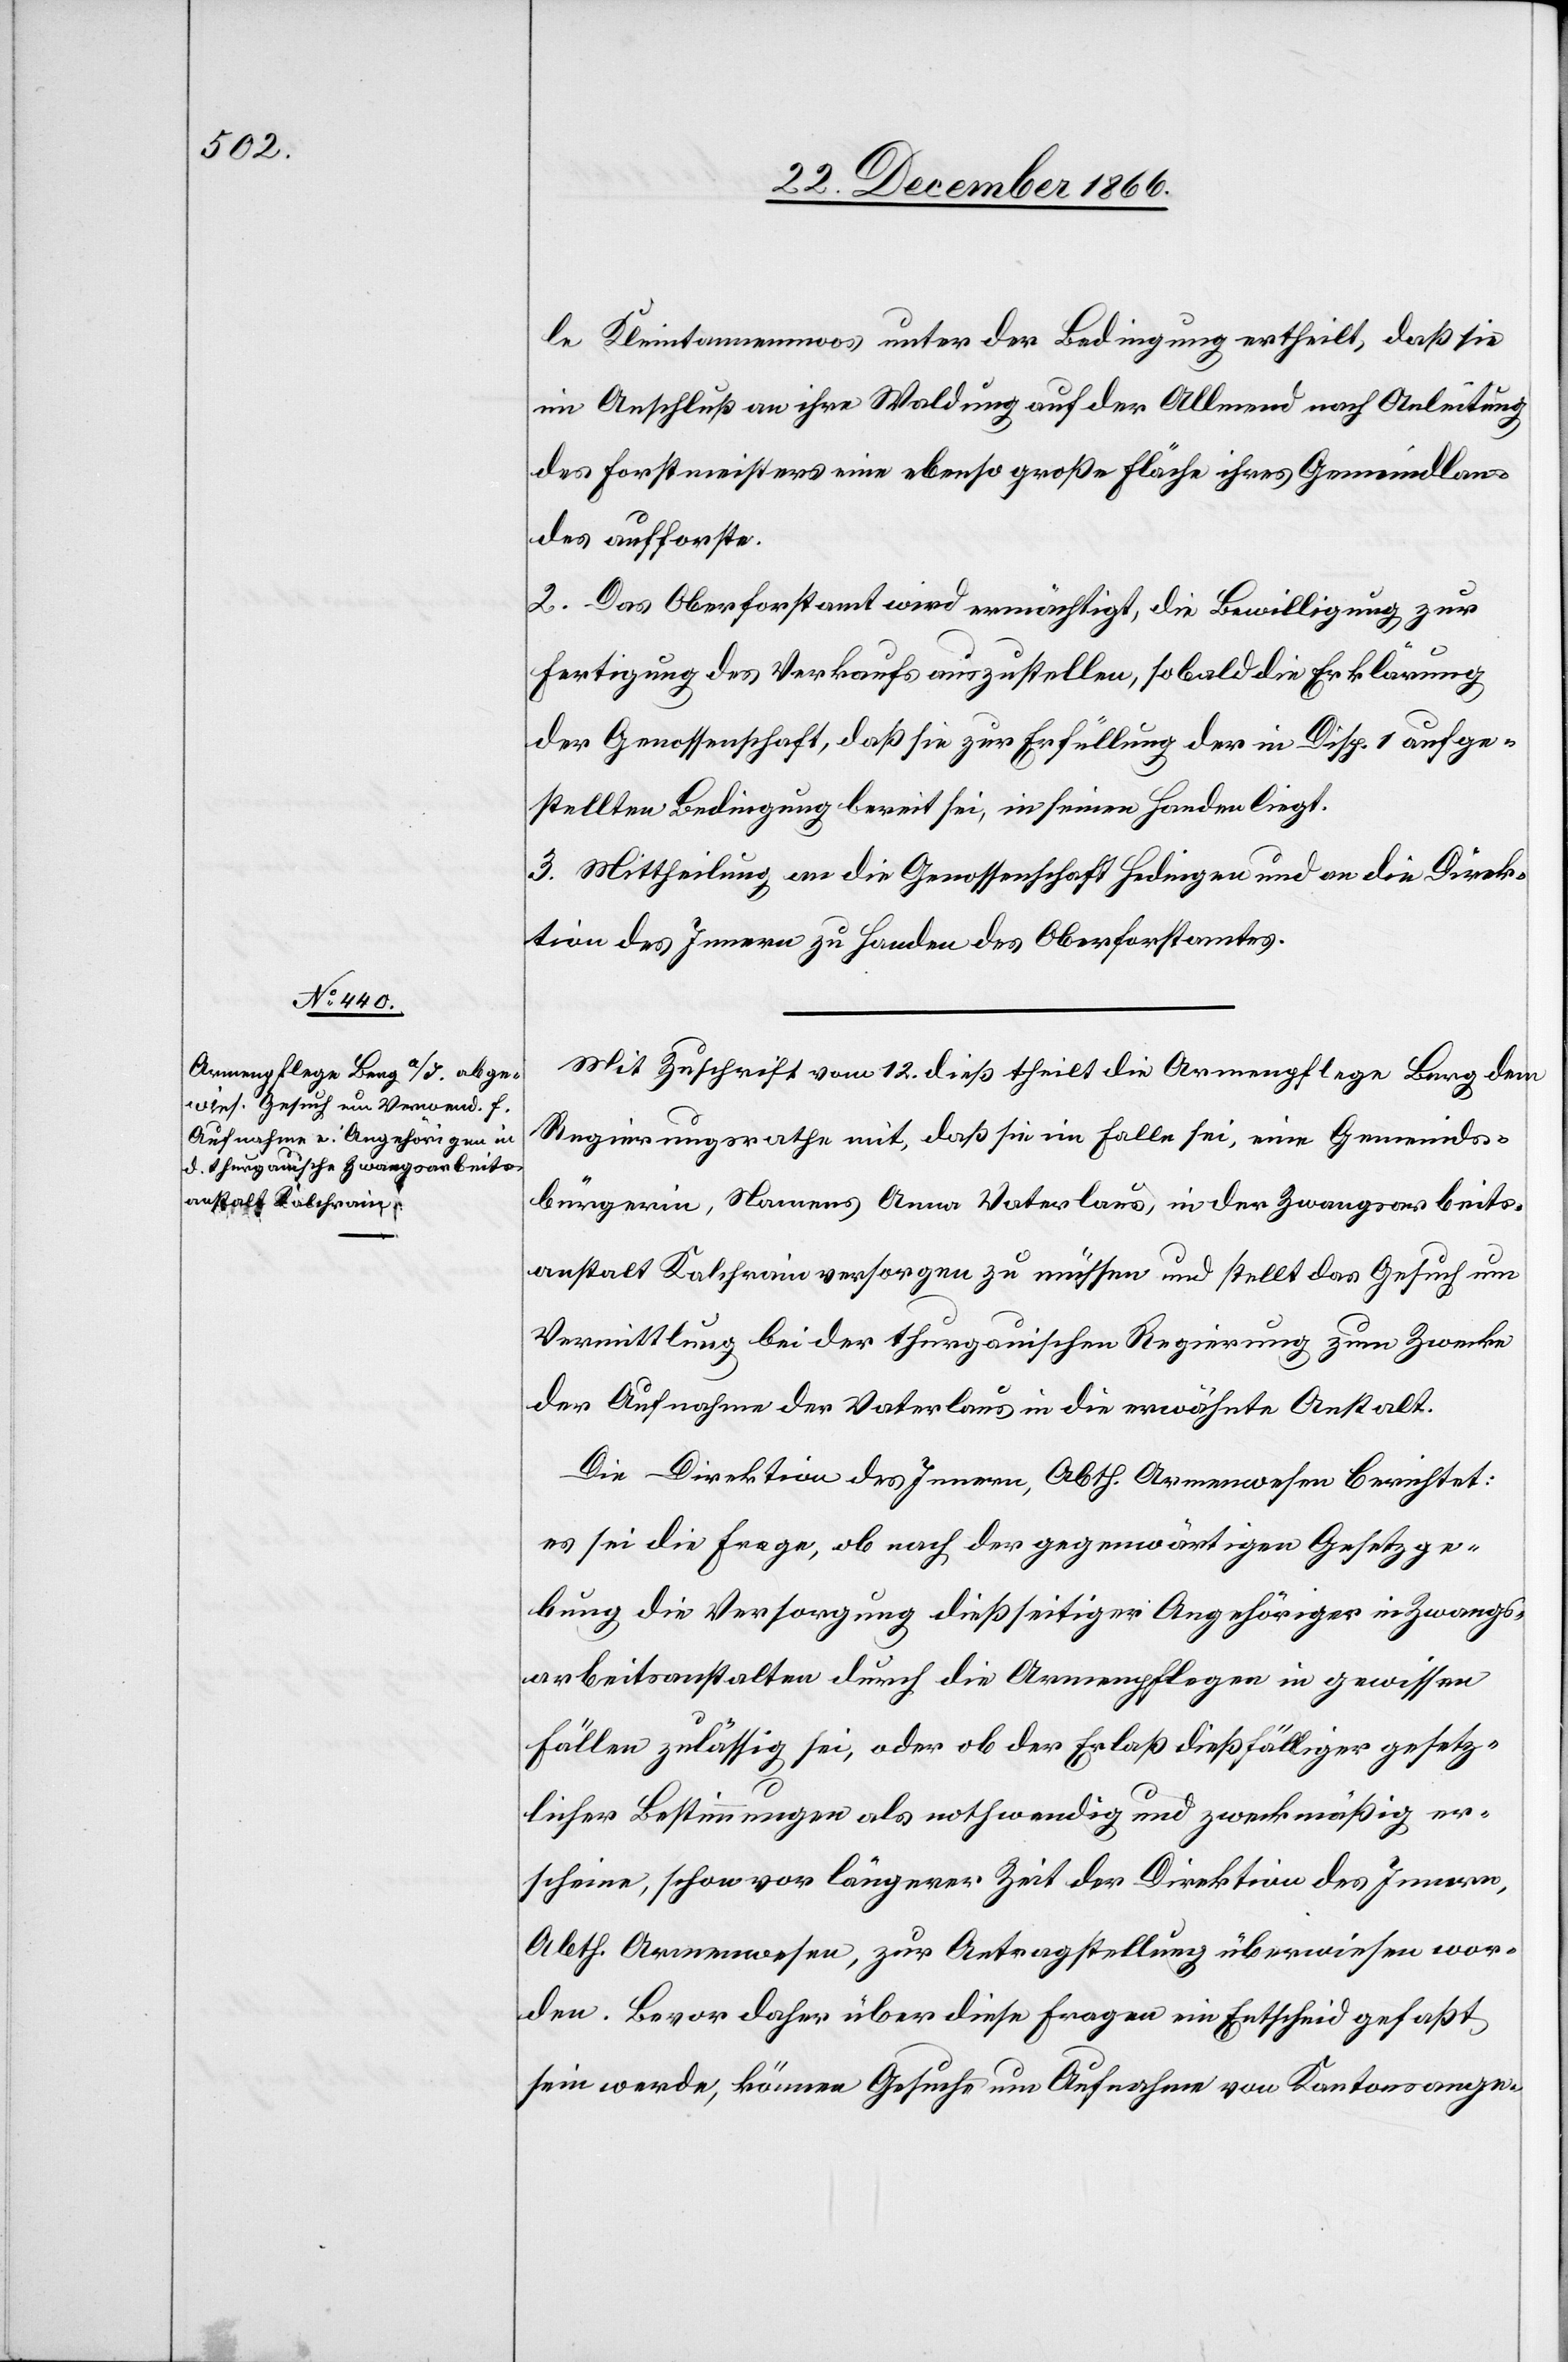
le Kleintannenmoos unter der Bedingung ertheilt, daß die
im Anschluß an ihre Waldung auf der Allmend nach Anleitung
des Forstmeisters eine ebenso große Fläche ihres Gemeindlan¬
des aufforste.
2. Das Oberforstamt wird ermächtigt, die Bewilligung zur
Fertigung des Verkaufs auszustellen, sobald die Erklärung
der Genossenschaft, daß sie zur Erfüllung der in Disp. 1 aufge¬
stellten Bedingung bereit sei, in seinen Handen liegt.
3. Mittheilung an die Genossenschaft Hedingen und an die Direk¬
tion des Innern zu Handen des Oberforstamtes.
Mit Zuschrift vom 12. dieß theilt die Armenpflege Berg dem
Regierungsrathe mit, daß sie im Falle sei, eine Gemeinds¬
bürgerin, Namens Anna Vaterlaus, in der Zwangsarbeits¬
anstalt Kalchrain versorgen zu müssen und stellt das Gesuch um
Vermittlung bei der thurgauischen Regierung zum Zwecke
der Aufnahme der Vaterlaus in die erwähnte Anstalt.
Die Direktion des Innern, Abth. Armenwesen berichtet:
es sei die Frage, ob nach der gegenwärtigen Gesetzge¬
bung die Versorgung dießseitiger Angehöriger in Zwangs¬
arbeitsanstalten durch die Armenpflegen in gewissen
Fällen zulässig sei, oder ob der Erlaß dießfälliger gesetz¬
licher Bestimmungen als nothwendig und zweckmäßig er¬
scheine, schon vor längerer Zeit der Direktion des Innern,
Abth. Armenwesen, zur Antragstellung überwiesen wor¬
den. Bevor daher über diese Fragen ein Entscheid gefaßt
sein werde, können Gesuche um Aufnahme von Kantonsange-